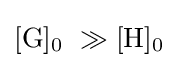
{[\mathrm {G} ]{\vphantom {A}}_{\smash[{t}]{0}}~\gg [\mathrm {H} ]{\vphantom {A}}_{\smash[{t}]{0}}}